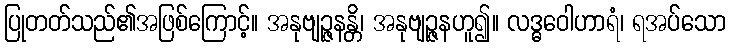
ပြုတတ်သည်၏အဖြစ်ကြောင့်။ အနုဗျဉ္ဇနန္တိ၊ အနုဗျဉ္ဇနဟူ၍။ လဒ္ဓဝေါဟာရံ၊ ရအပ်သော